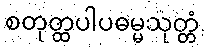
စတုတ္ထပါပဓမ္မသုတ္တံ